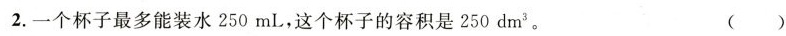
2.一个杯子最多能装水250mL，这个杯子的容积是250dm^{3}。 ( )